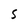
Character: S